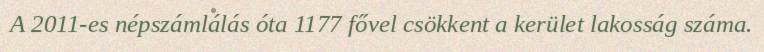
A 2011-es népszámlálás óta 1177 fővel csökkent a kerület lakosság száma.